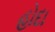
હોદા